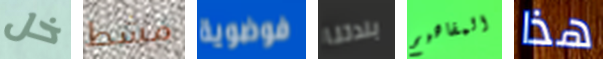
خل مشط فوضوية بلدتنا المفاهيم هذا